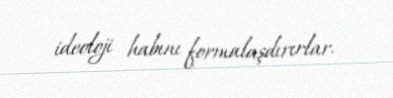
ideoloji habını formalaşdırırlar.